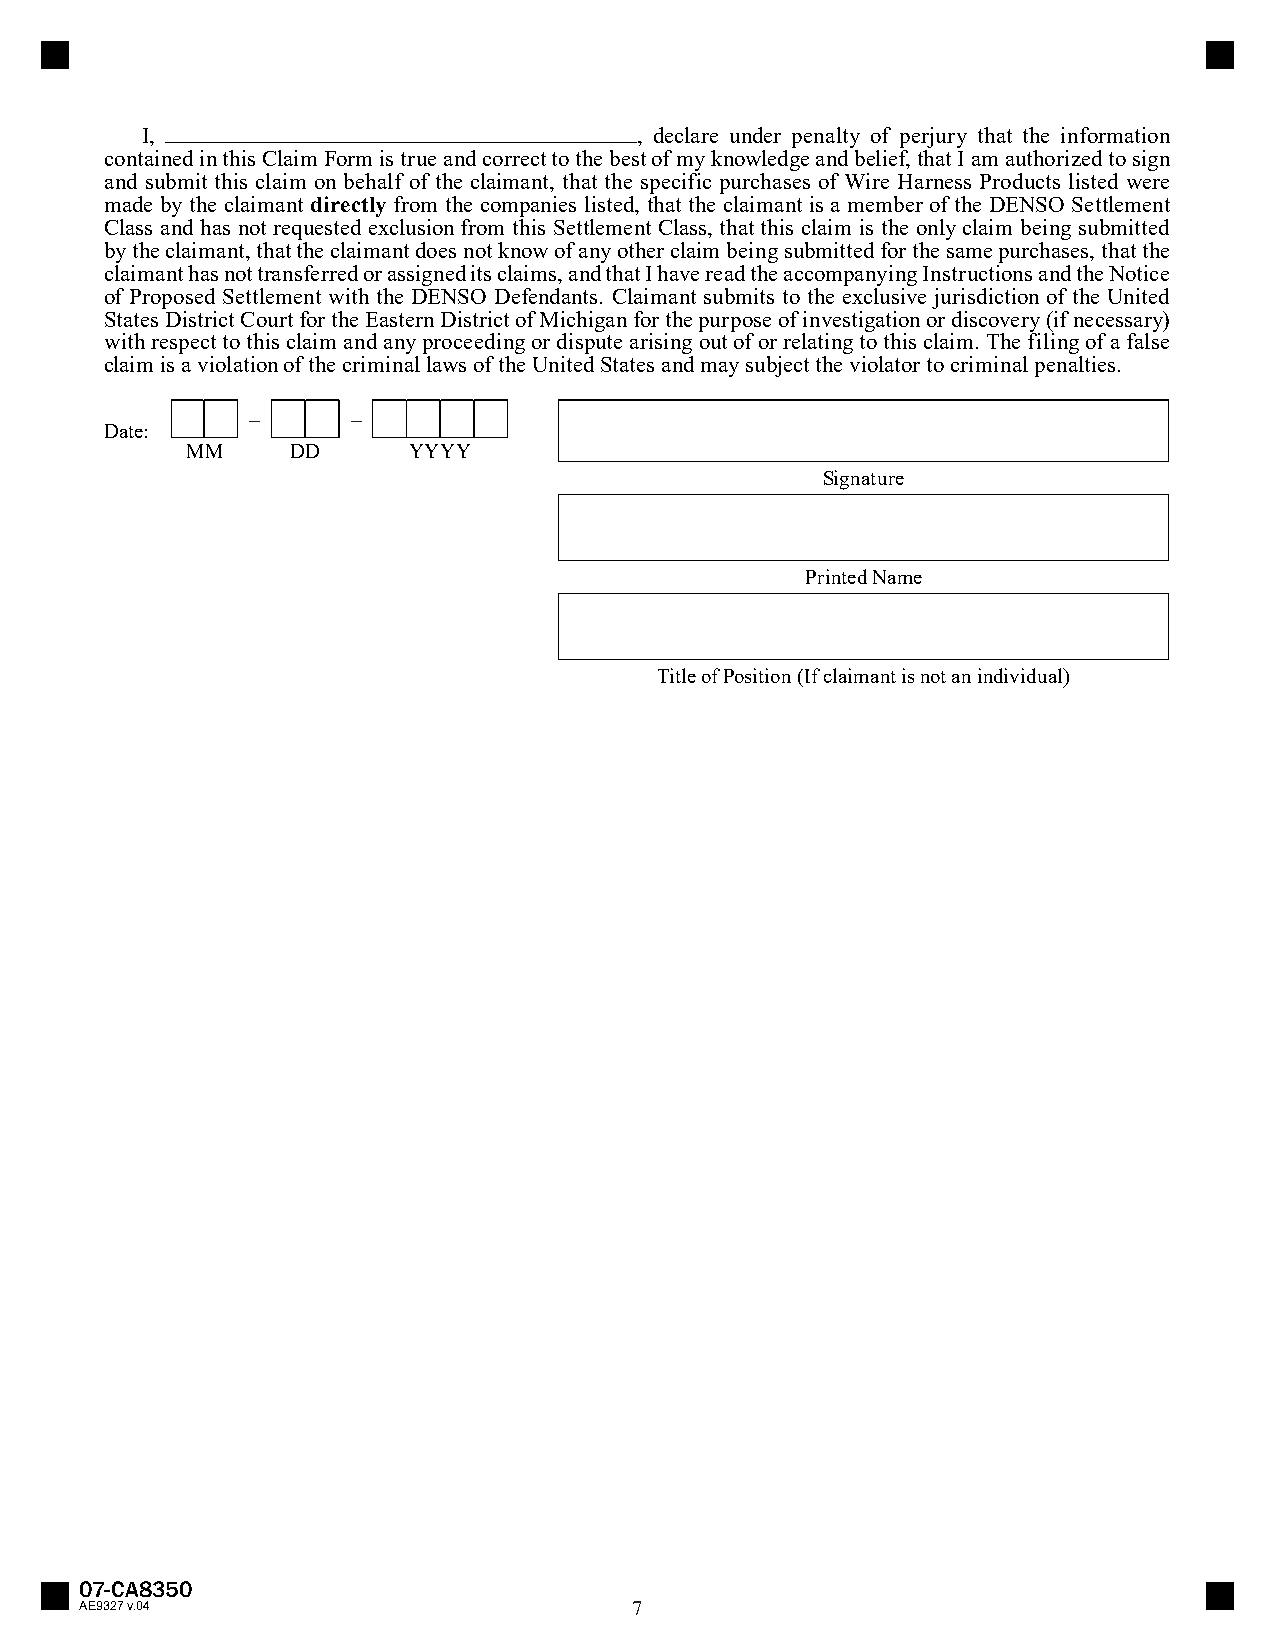
I,                               , declare under penalty of perjury that the information
 contained in this Claim Form is true and correct to the best of my knowledge and belief, that I am authorized to sign
 and submit this claim on behalf of the claimant, that the specific purchases of Wire Harness Products listed were
 made by the claimant directly from the companies listed, that the claimant is a member of the DENSO Settlement
 Class and has not requested exclusion from this Settlement Class, that this claim is the only claim being submitted
 by the claimant, that the claimant does not know of any other claim being submitted for the same purchases, that the
 claimant has not transferred or assigned its claims, and that I have read the accompanying Instructions and the Notice
 of Proposed Settlement with the DENSO Defendants. Claimant submits to the exclusive jurisdiction of the United
 States District Court for the Eastern District of Michigan for the purpose of investigation or discovery (if necessary)
 with respect to this claim and any proceeding or dispute arising out of or relating to this claim. The filing of a false
 claim is a violation of the criminal laws of the United States and may subject the violator to criminal penalties.
 –     –
 Date:
 MM     DD      YYYY
 Signature
 Printed Name
 Title of Position (If claimant is not an individual)
 07-CA8350
 AE9327 v.04                          7